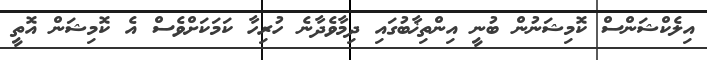
އިލެކްޝަންސް ކޮމިޝަނުން ބުނީ އިންތިޚާބުގައި ދިމާވެދާނެ ހުރިހާ ކަމަކަށްވެސް އެ ކޮމިޝަން އޮތީ